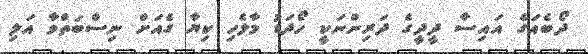
ދޯބެއަގެ އައިސާ ދީދީގެ ދަރިންނަކީ ހޯދަޑު މާލެހި ކިޔާ ގެއަށް ނިސްބަތްވާ އަލި